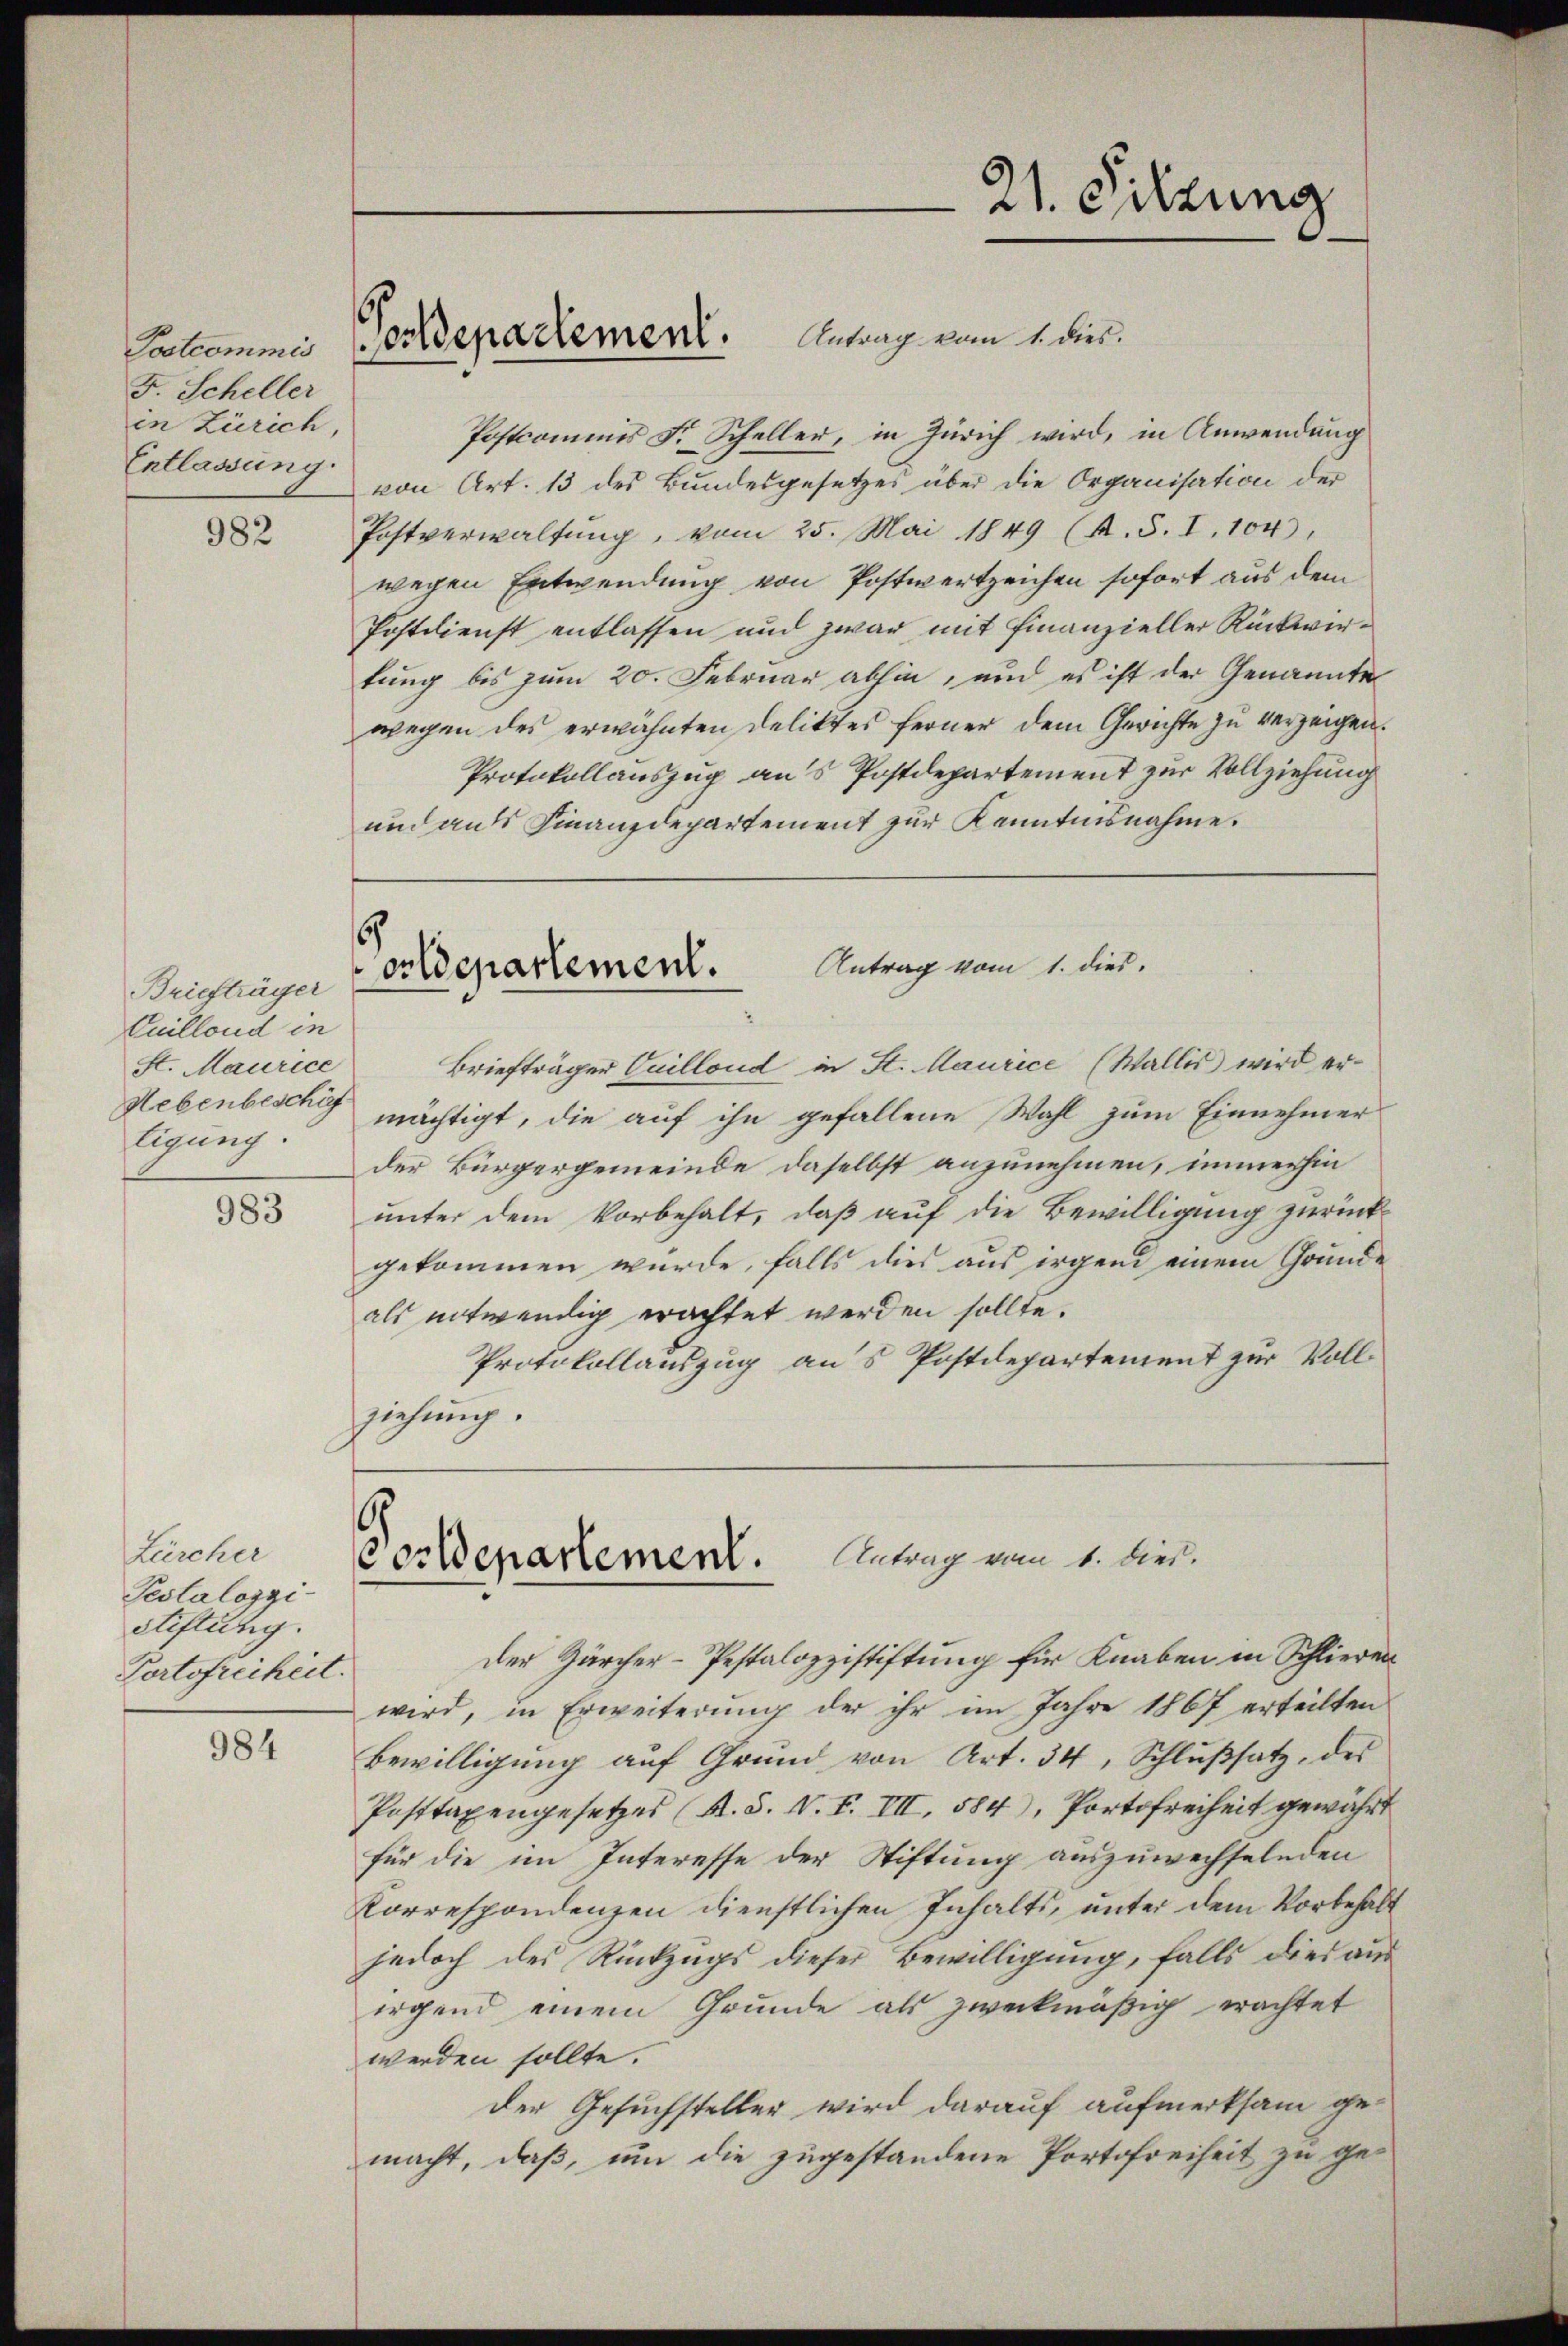
F. Scheller
in Zürich,
Entlassung.

982

983

984

Briefträger
Cuillond in
St. Maurice
Hebenbeschäf
tigung.

Zürcher
Testalozzi
Stiftung.
Portofreiheit.

und aufs Finanzdepartement zur Kenntnisnahme.

Satcomme ordepartement. Antrag vom 1. dies

Postcommis F. Scheller, in Zürich wird, in Anwendung
von Art. 13 des Bundesgesetzes über die Organisation der
Postverwaltung, vom 25. Mai 1849 (K.S. I. 104.
wegen Entwendung von Postwertzeichen sofort aus dem
Postdienst entlassen und zwar mit Finanzieller Rückwertung bis zum 20. Februar abhin, und es ist der Genannte
wegen des erwähnten Deliktes ferner dem Gerichte zu verzeigen.
Protokollauszug aus Postdepartement zur Vollziehung
Briefträger Cuilloud in St. Maurice (Wallis wird ermächtigt, die auf ihn gefallene Wahl zum Einnehmer
der Bürgergemeinde daselbst anzunehmen, immerhin
unter dem Vorbehalt, daß auf die Bewilligung zurück-
gekommen würde, falls dies aus irgend einem Grunde
als entwendig erachtet werden sollte.
Protokollauszug aus Postdepartement zur Vollziehung.
6
Cordepartement. Antrag vom 1. dies.
der Zürcher-Pestalozzistiftung für Knaben in Schlieren
wird, in Erweiterung der ihr im Jahre 1867 erteilten
Bewilligung auf Grund von Art. 34, Schlußsatz, des
Posttaxengesetzes (K.S. V. P. VII, 584), Portofreiheit gewährt
für die im Interesse der Stiftung auszuwechselnden
Correspondenzen dienstlichen Inhalts, unter dem Vorbehalt
jedoch des Rückzugs dieser Bewilligung, falls dies ausirgend einem Grunde als zweckmäßig erachtet
werden sollte.
der Gesuchsteller wird darauf aufmerksam gemacht, daß, um die zugestandene Portofreiheit zu ge¬

6
Antrag vom 1. dies.
orldepartement.

21. Sitzung